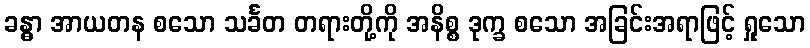
ခန္ဓာ အာယတန စသော သင်္ခတ တရားတို့ကို အနိစ္စ ဒုက္ခ စသော အခြင်းအရာဖြင့် ရှုသော